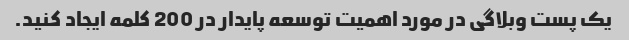
یک پست وبلاگی در مورد اهمیت توسعه پایدار در 200 کلمه ایجاد کنید.